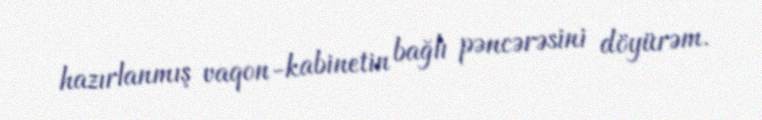
hazırlanmış vaqon-kabinetin bağlı pəncərəsini döyürəm.